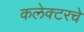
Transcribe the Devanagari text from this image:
कलेक्टरचे